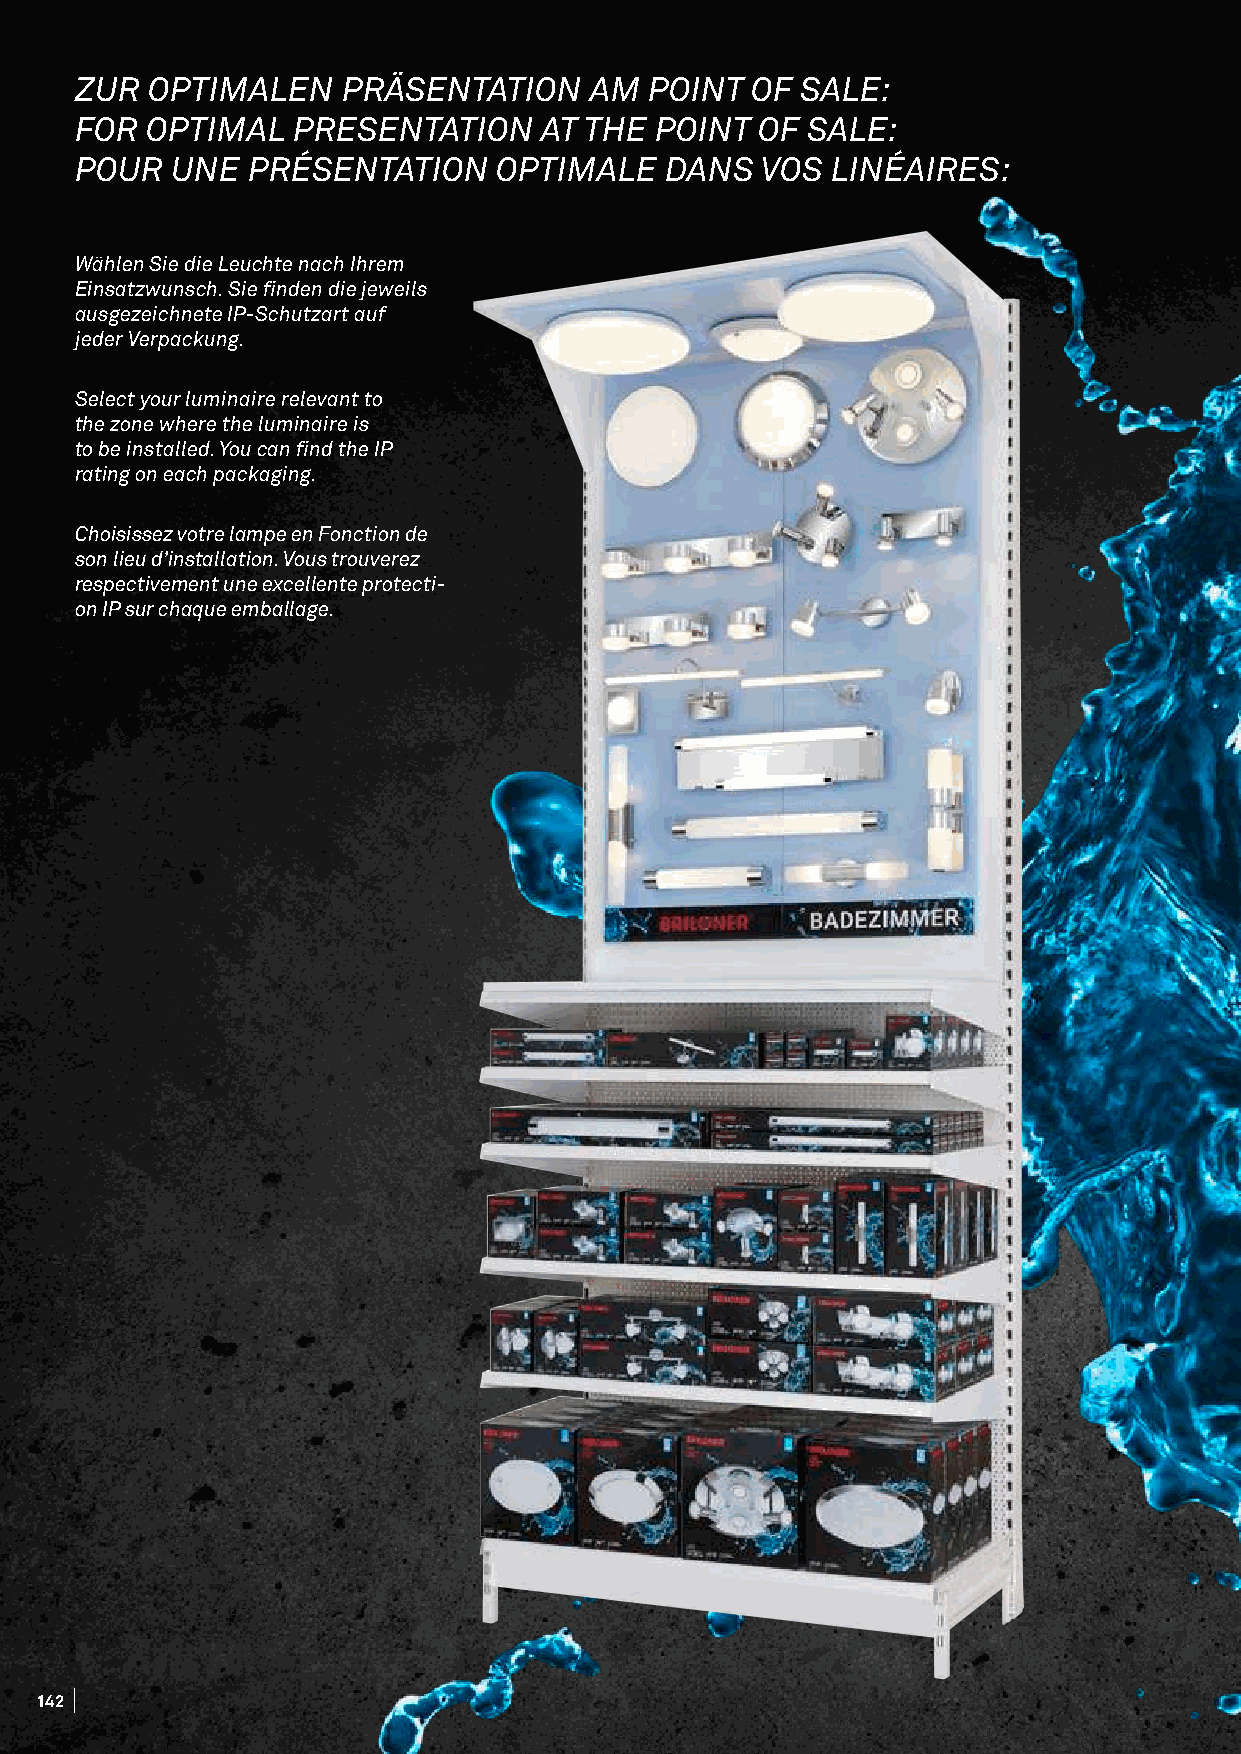
ZSUPR OLPATIMSAHLEN PRÄSENTATION  AM  POINT  OF SALE:
 FOR  OPTIMAL  PRESENTATION     AT THE POINT  OF SALE:
 POUR  UNE  PRÉSENTATION     OPTIMALE   DANS  VOS  LINÉAIRES:
 Wählen Sie die Leuchte nach Ihrem
 Einsatzwunsch. Sie finden die jeweils
 ausgezeichnete IP-Schutzart auf
 jeder Verpackung.
 Select your luminaire relevant to
 the zone where the luminaire is
 to be installed. You can find the IP
 rating on each packaging.
 Choisissez votre lampe en Fonction de
 son lieu d’installation. Vous trouverez
 respectivement une excellente protecti-
 on IP sur chaque emballage.
 142